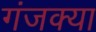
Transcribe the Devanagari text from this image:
गंजक्या